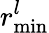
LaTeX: r_{\mathrm{min}}^{l}